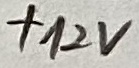
Text: +12V